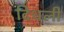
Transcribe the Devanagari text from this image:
दिधली